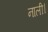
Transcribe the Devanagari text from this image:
नाली।